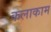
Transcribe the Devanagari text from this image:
कलाकाम